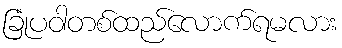
ခြုံပဝါတစ်ထည်လောက်ရမလား